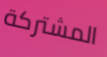
المشتركة